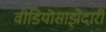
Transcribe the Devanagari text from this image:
वीडियॊसाझेदारी